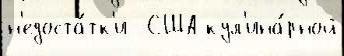
н'едоста́тк'и  США кул'ина́рной